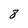
Character: 8